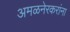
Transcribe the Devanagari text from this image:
अमळनेरकरांना